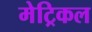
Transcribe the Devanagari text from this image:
मेट्रिकल